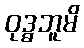
ဝုဒ္ဓဘူမိ